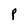
Character: P